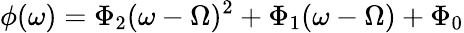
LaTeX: \phi(\omega)=\Phi_{2}(\omega-\Omega)^{2}+\Phi_{1}(\omega-\Omega)+\Phi_{0}